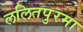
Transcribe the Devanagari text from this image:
ललितपुरमा